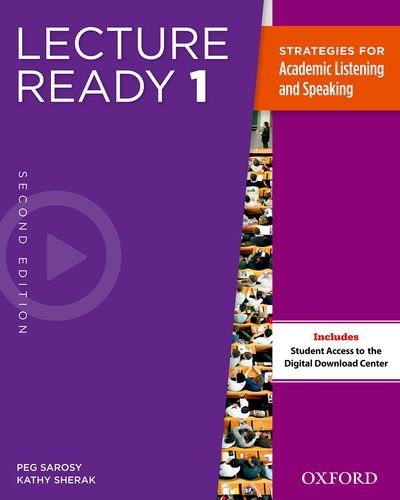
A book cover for Lecture Ready Student Book 1, Second Edition; Peg Sarosy; Reference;